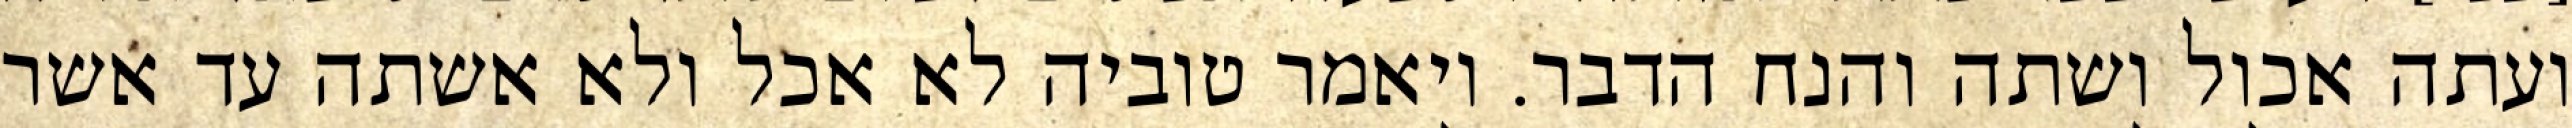
ועתה אכול ושתה והנח הדבר. ויאמר טוביה לא אכל ולא אשתה עד אשר